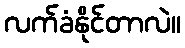
လက်ခံနိုင်တာလဲ။